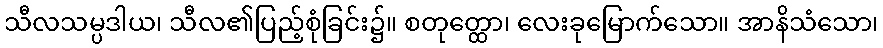
သီလသမ္ပဒါယ၊ သီလ၏ပြည့်စုံခြင်း၌။ စတုတ္ထော၊ လေးခုမြောက်သော။ အာနိသံသော၊